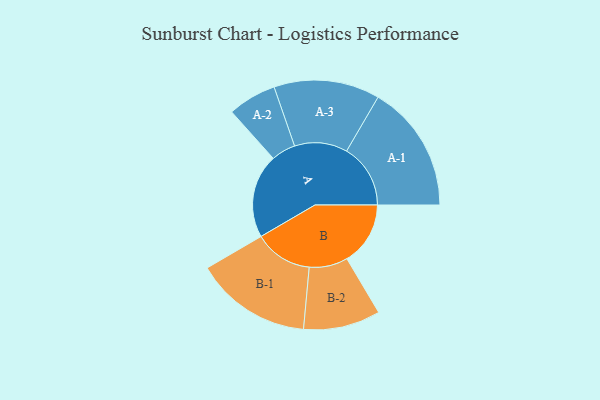
{"axis": {"x": "Segment", "y": "Value"}, "legend": ["", "A", "B"], "data": [{"x": "A", "y": 390, "type": ""}, {"x": "B", "y": 295, "type": ""}, {"x": "A-1", "y": 297, "type": "A"}, {"x": "A-2", "y": 113, "type": "A"}, {"x": "A-3", "y": 246, "type": "A"}, {"x": "B-1", "y": 271, "type": "B"}, {"x": "B-2", "y": 179, "type": "B"}]}